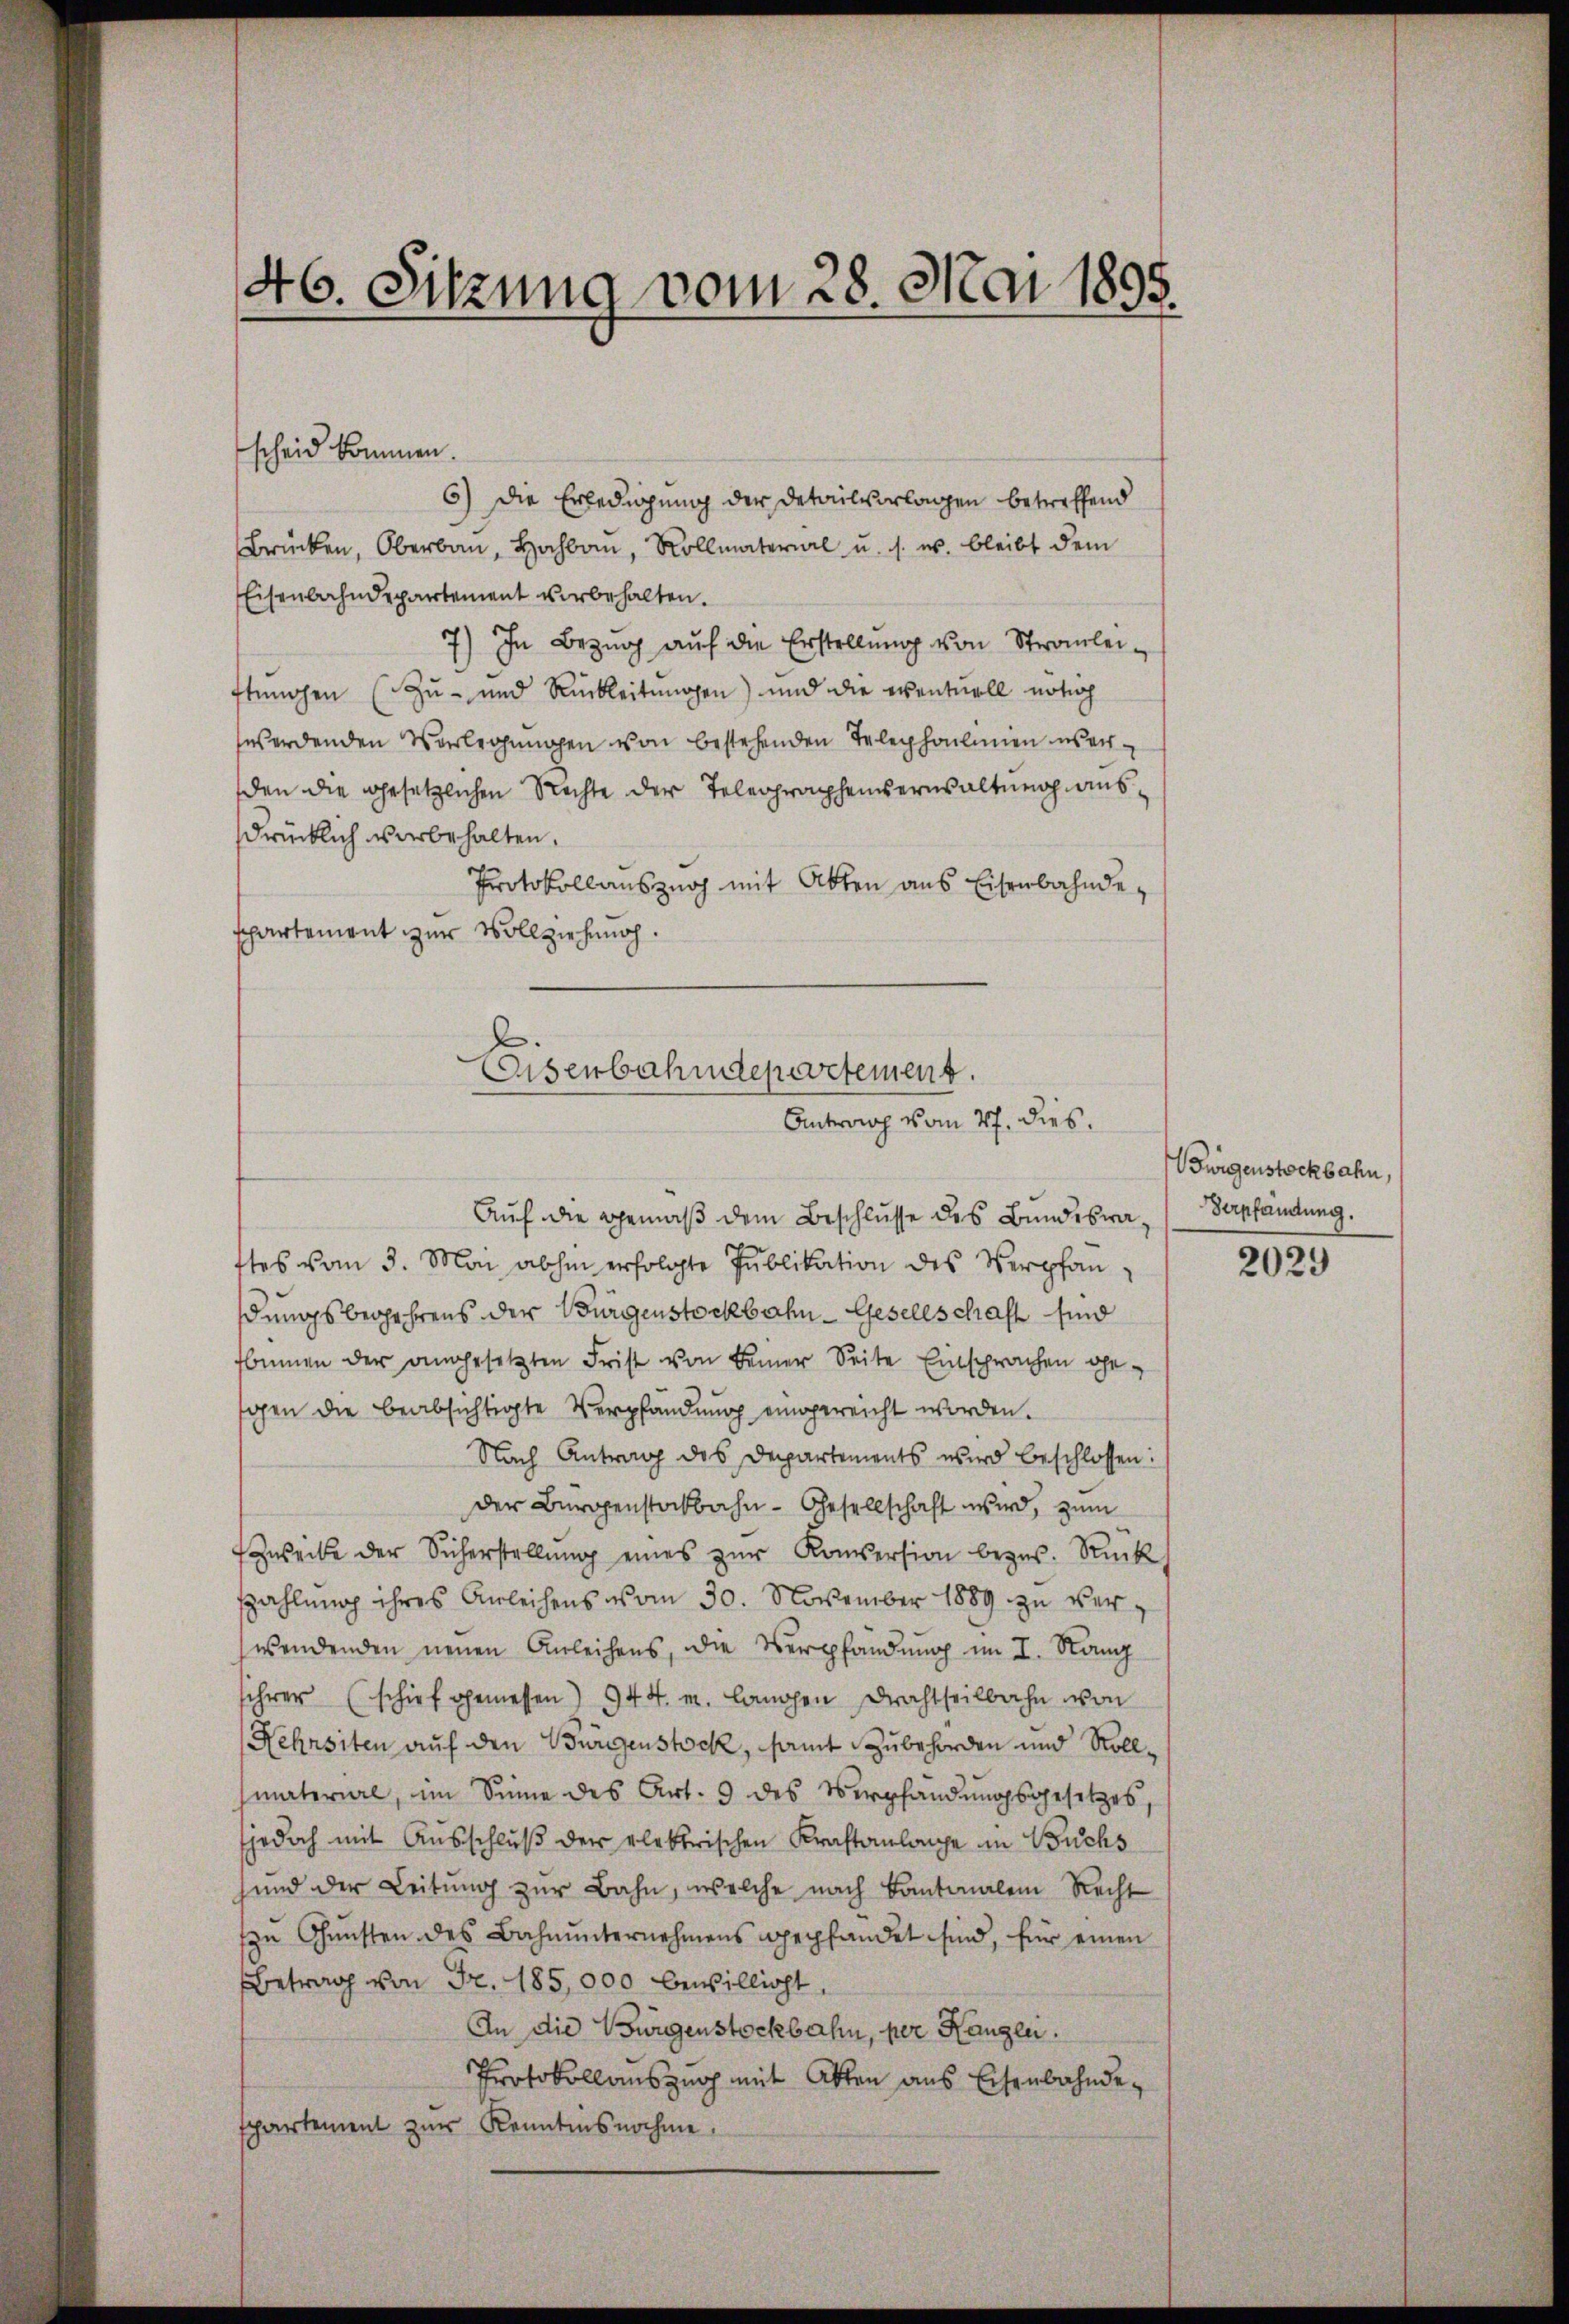
46. Sitzung vom 28. Mai 1895.

scheid kommen.
6) Die Erledigung der Detailvorlagen betreffend
Brücken, Oberbau, hoch, Rollmaterial u. s. u. bleibt dem
Eisenbahndepartement vorbehalten.
7) In Bezug auf die Erstellung von Strauleiftungen (Zu- und Rückleitungen) und die eventuell notio
werdenden Vorlegŭngen von bestehenden Telephoulinen überden die gesetzlichen Rechte der Telegraphenverwaltung aus
drücklich vorbehalten.
Protokollauszug mit Akten aus Eisenbahndespartement zur Vollziehung.

Aŭf die gemäβ dem Beschlŭsse des Bundesra- / Sapfändung.
ttes vom 3. Mai abhin erfolgte Publikation des Verpfandungsbegehrens der Bürgenstöckbahn-Gesellschaft sind
sommen der angesetzten Frist von Seiner Seite Einsprachen gesgen die beabsichtigte Verpfändung eingereicht worden.
Nach Antrag des Departements wird beschlossen:
der Bürgenstockbahn- Gesellschaft wird, zum
Zweite der Sicherstellŭng eines zŭr Konversion bezŭs. Rück
zahlung ihres Anleihens vom 30. November 1889 zu verwendenden neuen Anleihens, die Verpfändung im I. Rang
sihrer (schief gemessen) 944. m. langen Drachtheilbahn von
Hehnsiten auf den Burgenstock, samt Zubehörden und Rollmaterire, im Sinne des Art. 9 des Verpfandungsgesetzes,
jedoch mit Ausschluß der elektrischen Kraftanlange in Buchs
sund der Leitung zur Bahn, welche nach Kantonalem Recht
n Gunsten des Bahnunternehmens gepfandet sind, für einen
Betrag von Fr. 185,000 bewilligt.
An die Bürgenstöckbahn, per Kanzlei.
Protokollauszug mit Akten aus Eisenbahndespartement zur Kenntnisnahme,

Eisenbahndepartement.
Antrag vom 27. dies

Bwigenstöckbahn,

2029